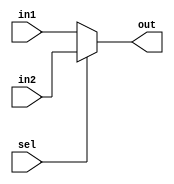
`timescale 1ns / 1ps
/*******************************************************************
*
* Module: Mux2_1.v
* Project: RISC-V CPU
* Description: 2x1 mux
* Change history:
* 8/7/19 - We edited the Module
**********************************************************************/
`timescale 1ns/1ns

module Mux2_1 (
    sel,
    in1,
    in2,
    out
);
    parameter N=1;
    output [N-1:0] out;
    input [N-1:0] in1, in2;
    input sel;
    
    assign out = (sel)?in2:in1;
endmodule